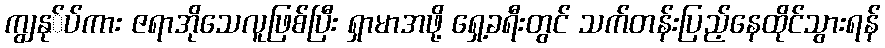
ကျွနု်ပ်ကား ဇရာအိုသေလူဖြစ်ပြီး ရှာမာအဖို့ ရှေ့ခရီးတွင် သက်တန်းပြည့်နေထိုင်သွားရန်